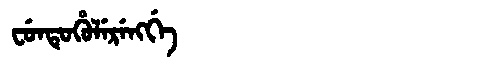
Manchu: ᠸᡠᠨᡨᡠᡥᡠᠯᡝᡵᡝᠩᡤᡝ
Romanization: FUNTUHULERENGGE